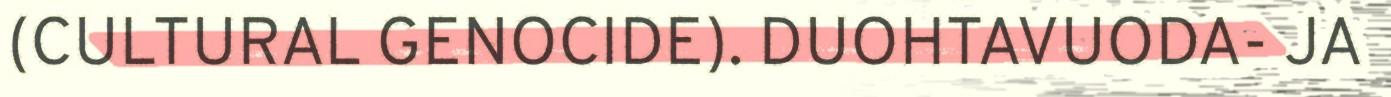
(CULTURAL GENOCIDE). DUOHTAVUODA- JA